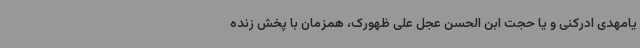
یامهدی ادرکنی و یا حجت ابن الحسن عجل علی ظهورک‌، همزمان با پخش زنده